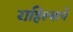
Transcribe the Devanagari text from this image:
राहिल्‍याने